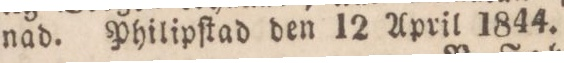
nad., Philipſtad den 12 April 1844.